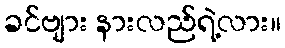
ခင်ဗျား နားလည်ရဲ့လား။